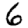
Digit: 6